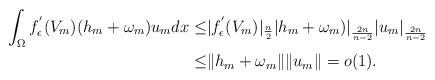
LaTeX: \begin{align*} \int_\Omega f_\epsilon^{'}(V_m)( h_m+\omega_m)u_m dx \leq & |f_\epsilon^{'}(V_m)|_{\frac{n}{2}} | h_m+\omega_m)|_{\frac{2n}{n-2}}| u_m|_{\frac{2n}{n-2}}\\ \leq & \| h_m+\omega_m\| \| u_m\| =o(1).\end{align*}